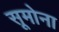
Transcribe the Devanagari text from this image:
सूमोना